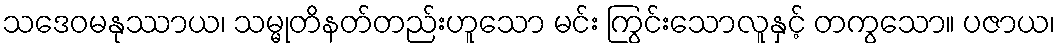
သဒေဝမနုဿာယ၊ သမ္မုတိနတ်တည်းဟူသော မင်း ကြွင်းသောလူနှင့် တကွသော။ ပဇာယ၊